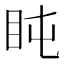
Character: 盹